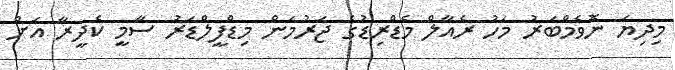
މިދިޔަ ނޮވެމްބަރު މަހު ރެއާލް މެޑްރިޑުގެ ޖަރުމަން މިޑްފީލްޑަރު ސާމީ ކެދީރާ އަށް